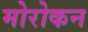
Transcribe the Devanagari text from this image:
मोरोकन